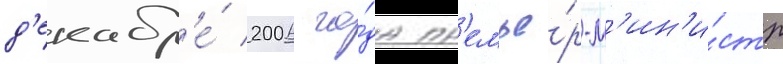
д'екабр'е́ 2006 го́да пр'емье́р-м'ин'и́стр